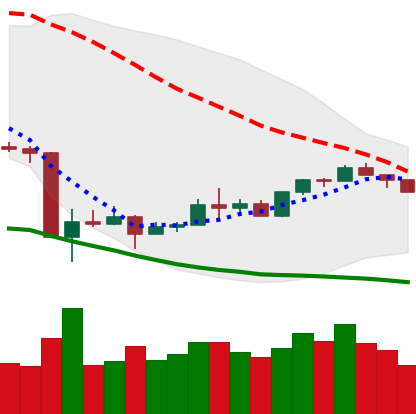
Ticker: XMR-USD
Chart end date: 2020-03-29
Forward return: 20.04%
Label: up_7plus